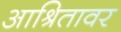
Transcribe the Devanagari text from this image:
आश्रितावर